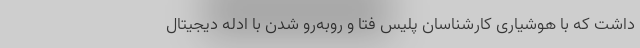
داشت که با هوشیاری کارشناسان پلیس فتا و روبه‌رو شدن با ادله دیجیتال